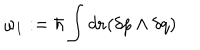
LaTeX: \omega _ { 1 } : = \hbar \int d { \bf r } ( \delta p \wedge \delta q )